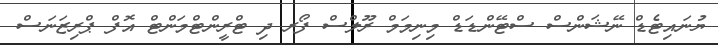
ޔުނައިޓެޑް ނޭޝަންސް ސްޓޭންޑަޑް މިނިމަމް ރޫލްސް ފޯރ ދި ޓްރީންޓްމަންޓް އޮފް ޕްރިޒަނަސް